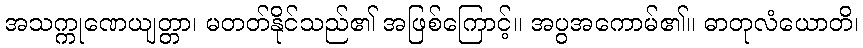
အသက္ကုဏေယျတ္တာ၊ မတတ်နိုင်သည်၏ အဖြစ်ကြောင့်။ အပွအကောမ်၏။ ဓာတုလံယောတိ၊